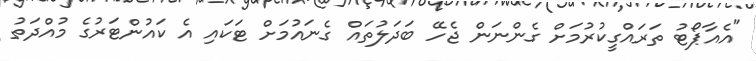
"އެއާޕޯޓު ތަރައްގީކުރުމަށް ގެންނަން ޖެހޭ ބަދަލުތައް ގެނައުމަށް ޓަކައި އެ ކައުންޓަރުގެ މުއްދަތު